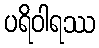
ပရိဝါရဿ